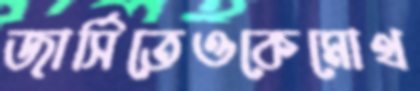
জার্সিতেওকেমোথ